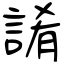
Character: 誵